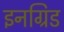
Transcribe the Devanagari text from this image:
इनग्रिड